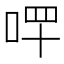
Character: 𠳣